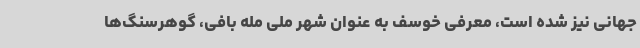
جهانی نیز شده است، معرفی خوسف به عنوان شهر ملی مله بافی، گوهرسنگ‌ها